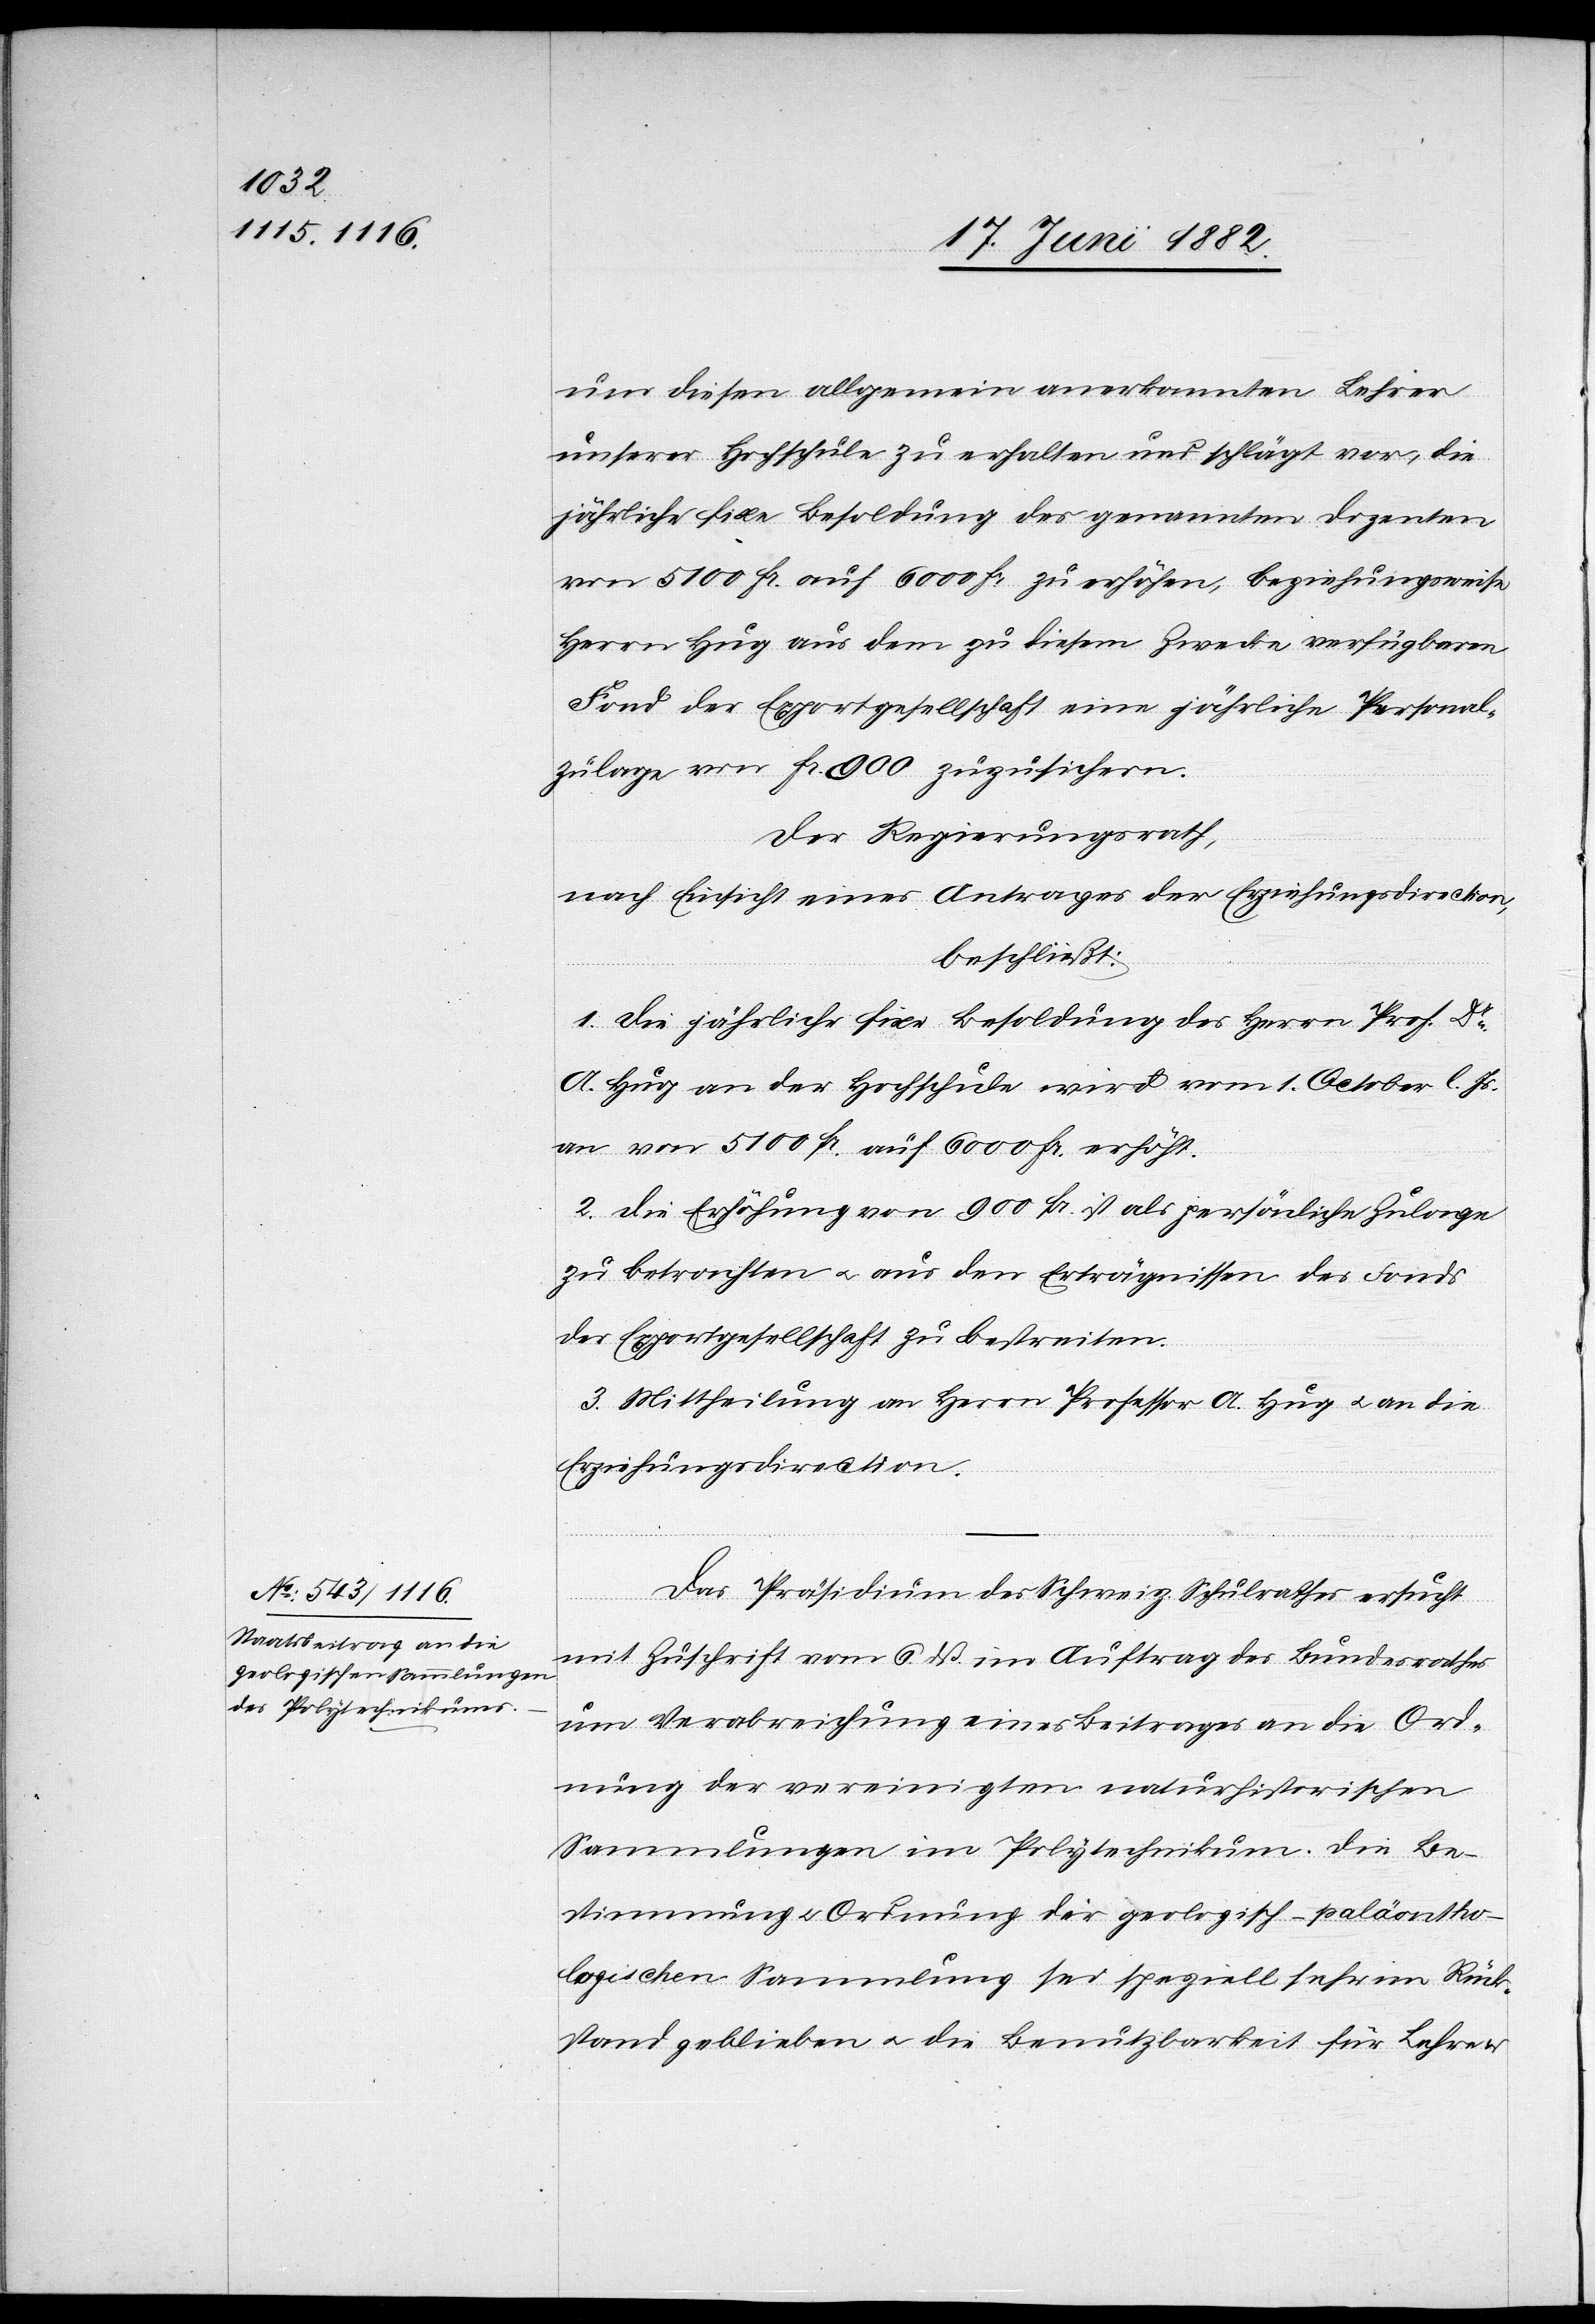
um diesen allgemein anerkannten Lehrer
unserer Hochschule zu erhalten und schlägt vor, die
jährliche fixe Besoldung des genannten Dozenten
von 5100 Fr. auf 6000 Fr. zu erhöhen, beziehungsweise
Herrn Hug aus dem zu diesem Zwecke verfügbaren
Fond der Exportgesellschaft eine jährliche Personal¬
zulage von Fr. 900 zuzusichern.
Der Regierungsrath,
nach Einsicht eines Antrages der Erziehungsdirection,
beschließt:
1. Die jährliche fixe Besoldung des Herrn Prof. Dr
A. Hug an der Hochschule wird vom 1. October l. Js.
an von 5100 Fr. auf 6000 Fr. erhöht.
2. Die Erhöhung von 900 Fr. ist als persönliche Zulage
zu betrachten u. aus den Erträgnissen des Fonds
der Exportgesellschaft zu bestreiten.
3. Mittheilung an Herrn Professor A. Hug u. an die
Erziehungsdirection.
Das Präsidium des Schweiz. Schulrathes ersucht
mit Zuschrift vom 6. dß. im Auftrag des Bundesrathes
um Verabreichung eines Beitrages an die Ord¬
nung der vereinigten naturhistorischen
Sammlungen im Polytechnikum. Die Be¬
stimmung u. Ordnung der geologisch-paläontho¬
logischen Sammlung sei speziell sehr im Rück¬
stand geblieben u. die Benutzbarkeit für Lehre